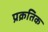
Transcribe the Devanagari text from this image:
प्रक्रतिक